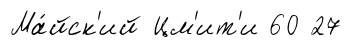
Ма́йск'ий Цм'ит'и 60 27